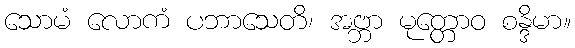
သောမံ လောကံ ပဘာသေတိ၊ အဗ္ဘာ မုတ္တောဝ စန္ဒိမာ။